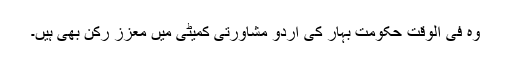
وہ فی الوقت حکومت بہار کی اردو مشاورتی کمیٹی میں معزز رکن بھی ہیں۔